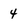
Character: 4